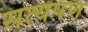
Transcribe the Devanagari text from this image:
सत्यपण